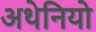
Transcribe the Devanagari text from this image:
अथेनियो